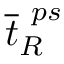
\overline { { t } } _ { R } ^ { \ p s }